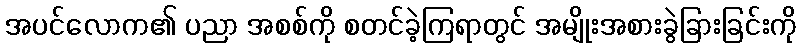
အပင်လောက၏ ပညာ အစစ်ကို စတင်ခဲ့ကြရာတွင် အမျိုးအစားခွဲခြားခြင်းကို